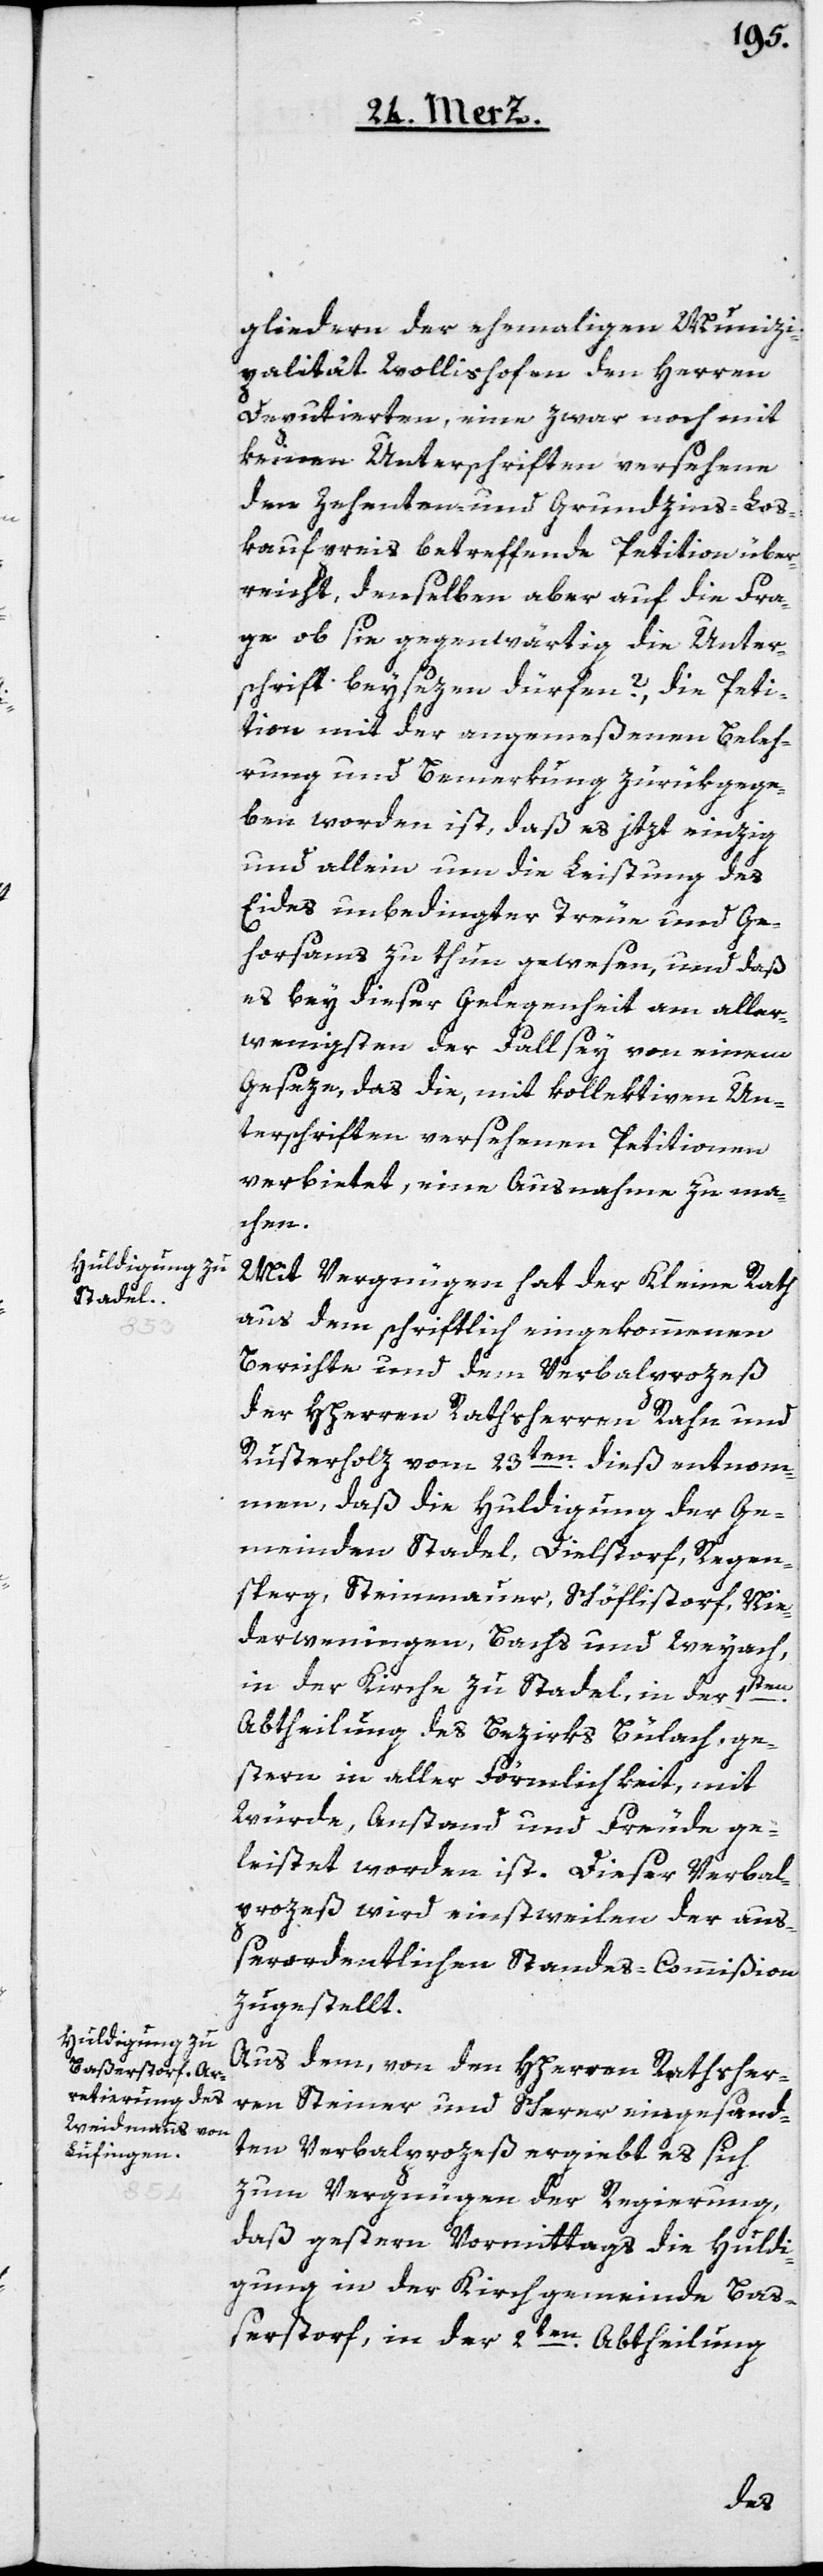
gliedern der ehemaligen Munizi¬
palität Wollishofen den Herren
Deputierten, eine zwar noch mit
keinen Unterschriften versehene
den Zehenten- und Grundzins-Los¬
kaufpreis betreffende Petition über¬
reicht, denselben aber auf die Fra¬
ge, ob sie gegenwärtig die Unter¬
schrift beysezen dürfen?, die Peti¬
tion mit der angemeßenen Beleh¬
rung und Bemerkung zurükgege¬
ben worden ist, daß es jezt einzig
und allein um die Leistung des
Eides unbedingter Treue und Ge¬
horsams zu thun gewesen, und daß
es bey dieser Gelegenheit am aller¬
wenigsten der Fall sey, von einem
Geseze, das die, mit kollektiven Un¬
terschriften versehenen Petitionen
verbietet, eine Ausnahme zu ma¬
chen.
Mit Vergnügen hat der Kleine Rath
aus dem schriftlich eingekommenen
Berichte und dem Verbalprozeß
der HHerren Rathsherren Rahn und
Rusterholz vom 23ten dieß entnom¬
men, daß die Huldigung der Ge¬
meinden Stadel, Dielstorf, Regen¬
sperg, Steinmauer, Schöfflistorf, Nie¬
derwenigen, Bachs und Weyach,
en
in der Kirche zu Stadel, in der 1t¬
Abtheilung des Bezirks Bülach, ge¬
stern in aller Förmlichkeit, mit
Würde, Anstand und Freude ge¬
leistet worden ist. Dieser Vebal¬
prozeß wird einstweilen der auß¬
erordentlichen Standes-Commißion
zugestellt.
Aus dem, von den HHerren Rathsher¬
ren Steiner und Scherrer eingesand¬
ten Verbalprozeß ergiebt es sich
zum Vergnügen der Regierung,
daß gestern Vormittags die Huldi¬
gung in der Kirchgemeinde Baß¬
erstorf, in der 2ten Abtheilung